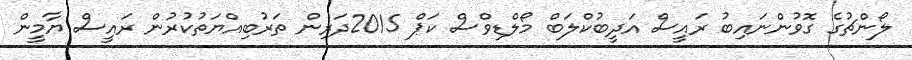
ލޯންޗުގެ ގޮވުންނައިބު ރައީސް އަދީބުކްލަބް މޯލްޑިވްސް ކަޕް 2015ދަރިން ތަރުބިއްޔަތުކުރުން ރައީސް ޔާމީން